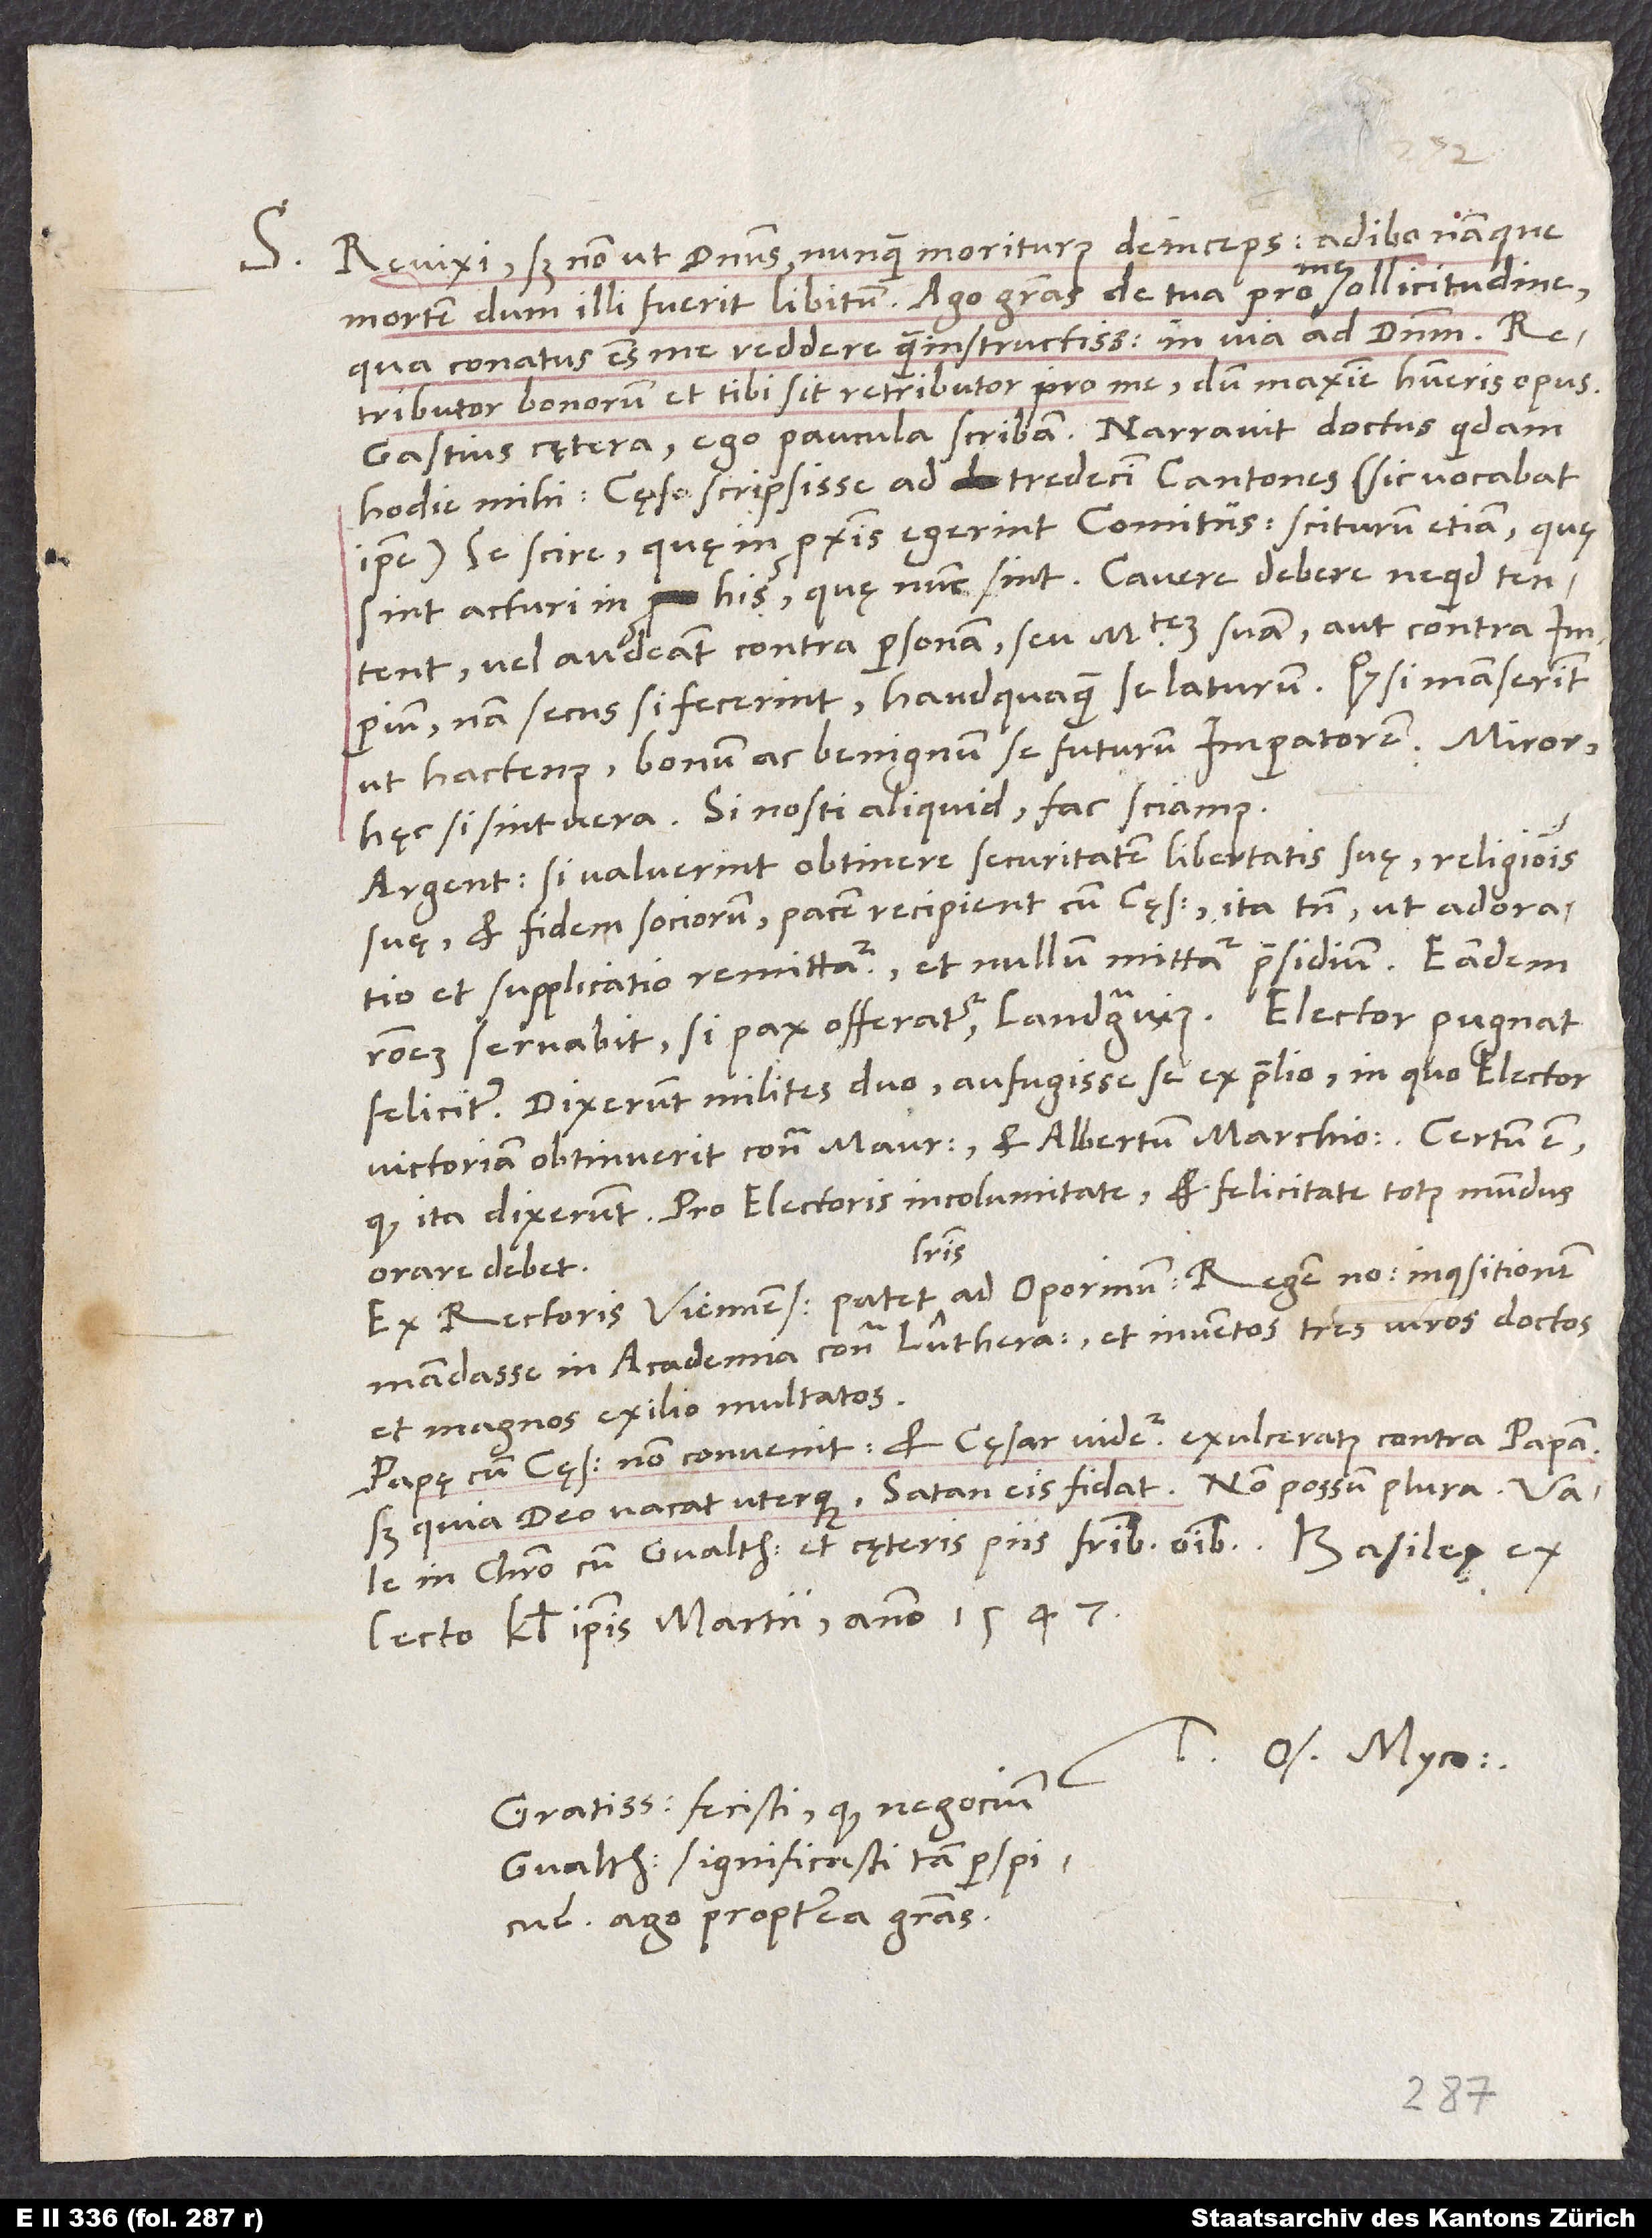
S. Revixi, sed non ut dominus nunquam moriturus deinceps. Adibo namque
mortem, dum illi fuerit libitum. Ago gratias de tua pro me sollicitudine,
qua conatus es me reddere quam instructissimum in via ad dominum.
Retributor bonorum et tibi sit retributor pro me, dum maxime habueris opus.
Gastius cętera; ego paucula scribam. Narravit doctus quidam
hodie mihi cęsarem scripsisse ad tredecim Cantones (sic vocabat
ipse) se scire, quę in proximis egerint comitiis, sciturum etiam, quę
sint acturi in his, quę nunc sint. Cavere debere, ne quid tentent
vel audeant contra personam seu maiestatem suam aut contra imperium,
nam secus si fecerint, haudquaquam se laturum. Quod si manserint
ut hactenus, bonum ac benignum se futurum imperatorem. Miror
hęc si sint vera. Si nosti aliquid, fac sciamus.
Argentinenses si valuerint obtinere securitatem libertatis suę, religionis
suę et fidem sociorum, pacem recipient cum cęsare, ita tamen, ut adoratio
et supplicatio remittatur et nullum mittatur praesidium. Eandem
feliciter. Dixerunt milites duo aufugisse se ex proelio, in quo elector
victoriam obtinuerit contra Mauricium et Albertum marchionem. Certum est,
quod ita dixerunt. Pro electoris incolumitate et felicitate totus mundus
literis
orare debet.
mandasse in academia contra Lutheranos et inventos tres viros doctos
et magnos, exilio multatos.
Papę cum cęsare non convenit et cęsar videtur exulceratus contra papam,
in Christo cum Gvalthero et cęteris piis fratribus omnibus. Basileę,
lecto, kalendis ipsis martii anno 1547.
Tuus Os. Myco.
Gratissimum fecisti, quod negocium
Gvaltheri significasti tam perspicue.
Ago propterea gratias.